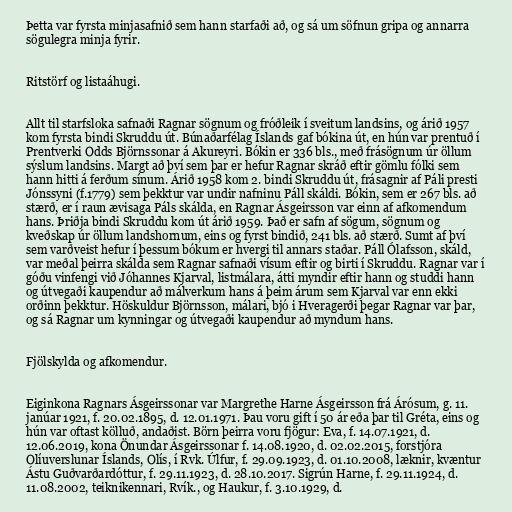
Þetta var fyrsta minjasafnið sem hann starfaði að, og sá um söfnun gripa og annarra
sögulegra minja fyrir.

Ritstörf og listaáhugi.

Allt til starfsloka safnaði Ragnar sögnum og fróðleik í sveitum landsins, og árið 1957
kom fyrsta bindi Skruddu út. Búnaðarfélag Íslands gaf bókina út, en hún var prentuð í
Prentverki Odds Björnssonar á Akureyri. Bókin er 336 bls., með frásögnum úr öllum
sýslum landsins. Margt að því sem þar er hefur Ragnar skráð eftir gömlu fólki sem
hann hitti á ferðum sínum. Árið 1958 kom 2. bindi Skruddu út, frásagnir af Páli presti
Jónssyni (f.1779) sem þekktur var undir nafninu Páll skáldi. Bókin, sem er 267 bls. að
stærð, er í raun ævisaga Páls skálda, en Ragnar Ásgeirsson var einn af afkomendum
hans. Þriðja bindi Skruddu kom út árið 1959. Það er safn af sögum, sögnum og
kveðskap úr öllum landshornum, eins og fyrst bindið, 241 bls. að stærð. Sumt af því
sem varðveist hefur í þessum bókum er hvergi til annars staðar. Páll Ólafsson, skáld,
var meðal þeirra skálda sem Ragnar safnaði vísum eftir og birti í Skruddu. Ragnar var í
góðu vinfengi við Jóhannes Kjarval, listmálara, átti myndir eftir hann og studdi hann
og útvegaði kaupendur að málverkum hans á þeim árum sem Kjarval var enn ekki
orðinn þekktur. Höskuldur Björnsson, málari, bjó i Hveragerði þegar Ragnar var þar,
og sá Ragnar um kynningar og útvegaði kaupendur að myndum hans.

Fjölskylda og afkomendur.

Eiginkona Ragnars Ásgeirssonar var Margrethe Harne Ásgeirsson frá Árósum, g. 11.
janúar 1921, f. 20.02.1895, d. 12.01.1971. Þau voru gift í 50 ár eða þar til Gréta, eins og
hún var oftast kölluð, andaðist. Börn þeirra voru fjögur: Eva, f. 14.07.1921, d.
12.06.2019, kona Önundar Ásgeirssonar f. 14.08.1920, d. 02.02.2015, forstjóra
Olíuverslunar Íslands, Olís, í Rvk. Úlfur, f. 29.09.1923, d. 01.10.2008, læknir, kvæntur
Ástu Guðvarðardóttur, f. 29.11.1923, d. 28.10.2017. Sigrún Harne, f. 29.11.1924, d.
11.08.2002, teiknikennari, Rvík., og Haukur, f. 3.10.1929, d.